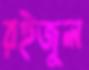
রইজুল